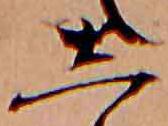
し